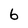
Character: 6